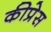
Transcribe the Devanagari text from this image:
कीप्रेस